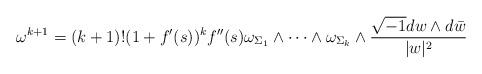
LaTeX: \begin{align*}\omega^{k+1}=(k+1)!(1+f'(s))^{k}f''(s)\omega_{\Sigma_{1}}\wedge\dots\wedge\omega_{\Sigma_{k}}\wedge\frac{\sqrt{-1}dw\wedge d\bar{w}}{\lvert w\rvert^{2}}\end{align*}